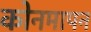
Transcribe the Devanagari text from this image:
कोनमापन